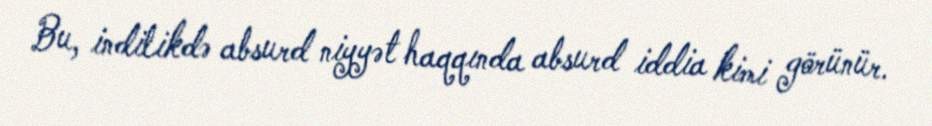
Bu, indilikdə absurd niyyət haqqında absurd iddia kimi görünür.